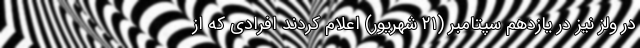
در ولز نیز در یازدهم سپتامبر (۲۱ شهریور) اعلام کردند افرادی که از